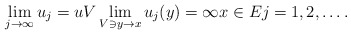
\begin{align*}\lim_{j \to \infty} u_j=u V \lim_{V\ni y\to x} u_j(y) =\infty x\in E j=1,2,\ldots.\end{align*}